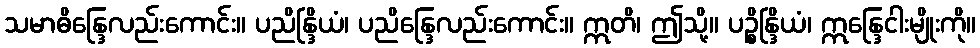
သမာဓိန္ဒြေလည်းကောင်း။ ပညိန္ဒြိယံ၊ ပညိန္ဒြေလည်းကောင်း။ ဣတိ၊ ဤသို့။ ပဉ္စိန္ဒြိယံ၊ ဣန္ဒြေငါးမျိုးကို။